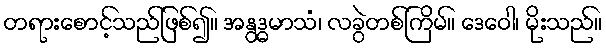
တရားစောင့်သည်ဖြစ်၍။ အနွဒ္ဓမာသံ၊ လခွဲတစ်ကြိမ်။ ဒေဝေါ၊ မိုးသည်။